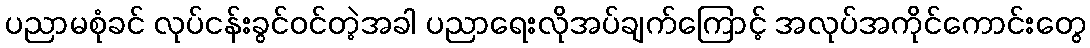
ပညာမစုံခင် လုပ်ငန်းခွင်ဝင်တဲ့အခါ ပညာရေးလိုအပ်ချက်ကြောင့် အလုပ်အကိုင်ကောင်းတွေ